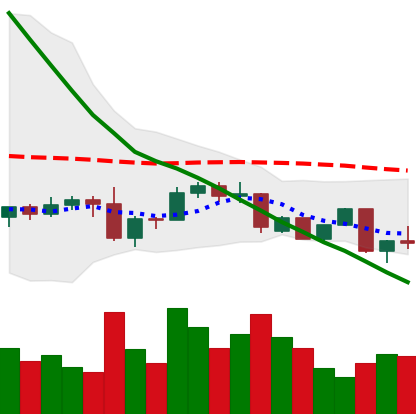
Ticker: DOGE-USD
Chart end date: 2022-09-20
Forward return: 4.682%
Label: up_3_5